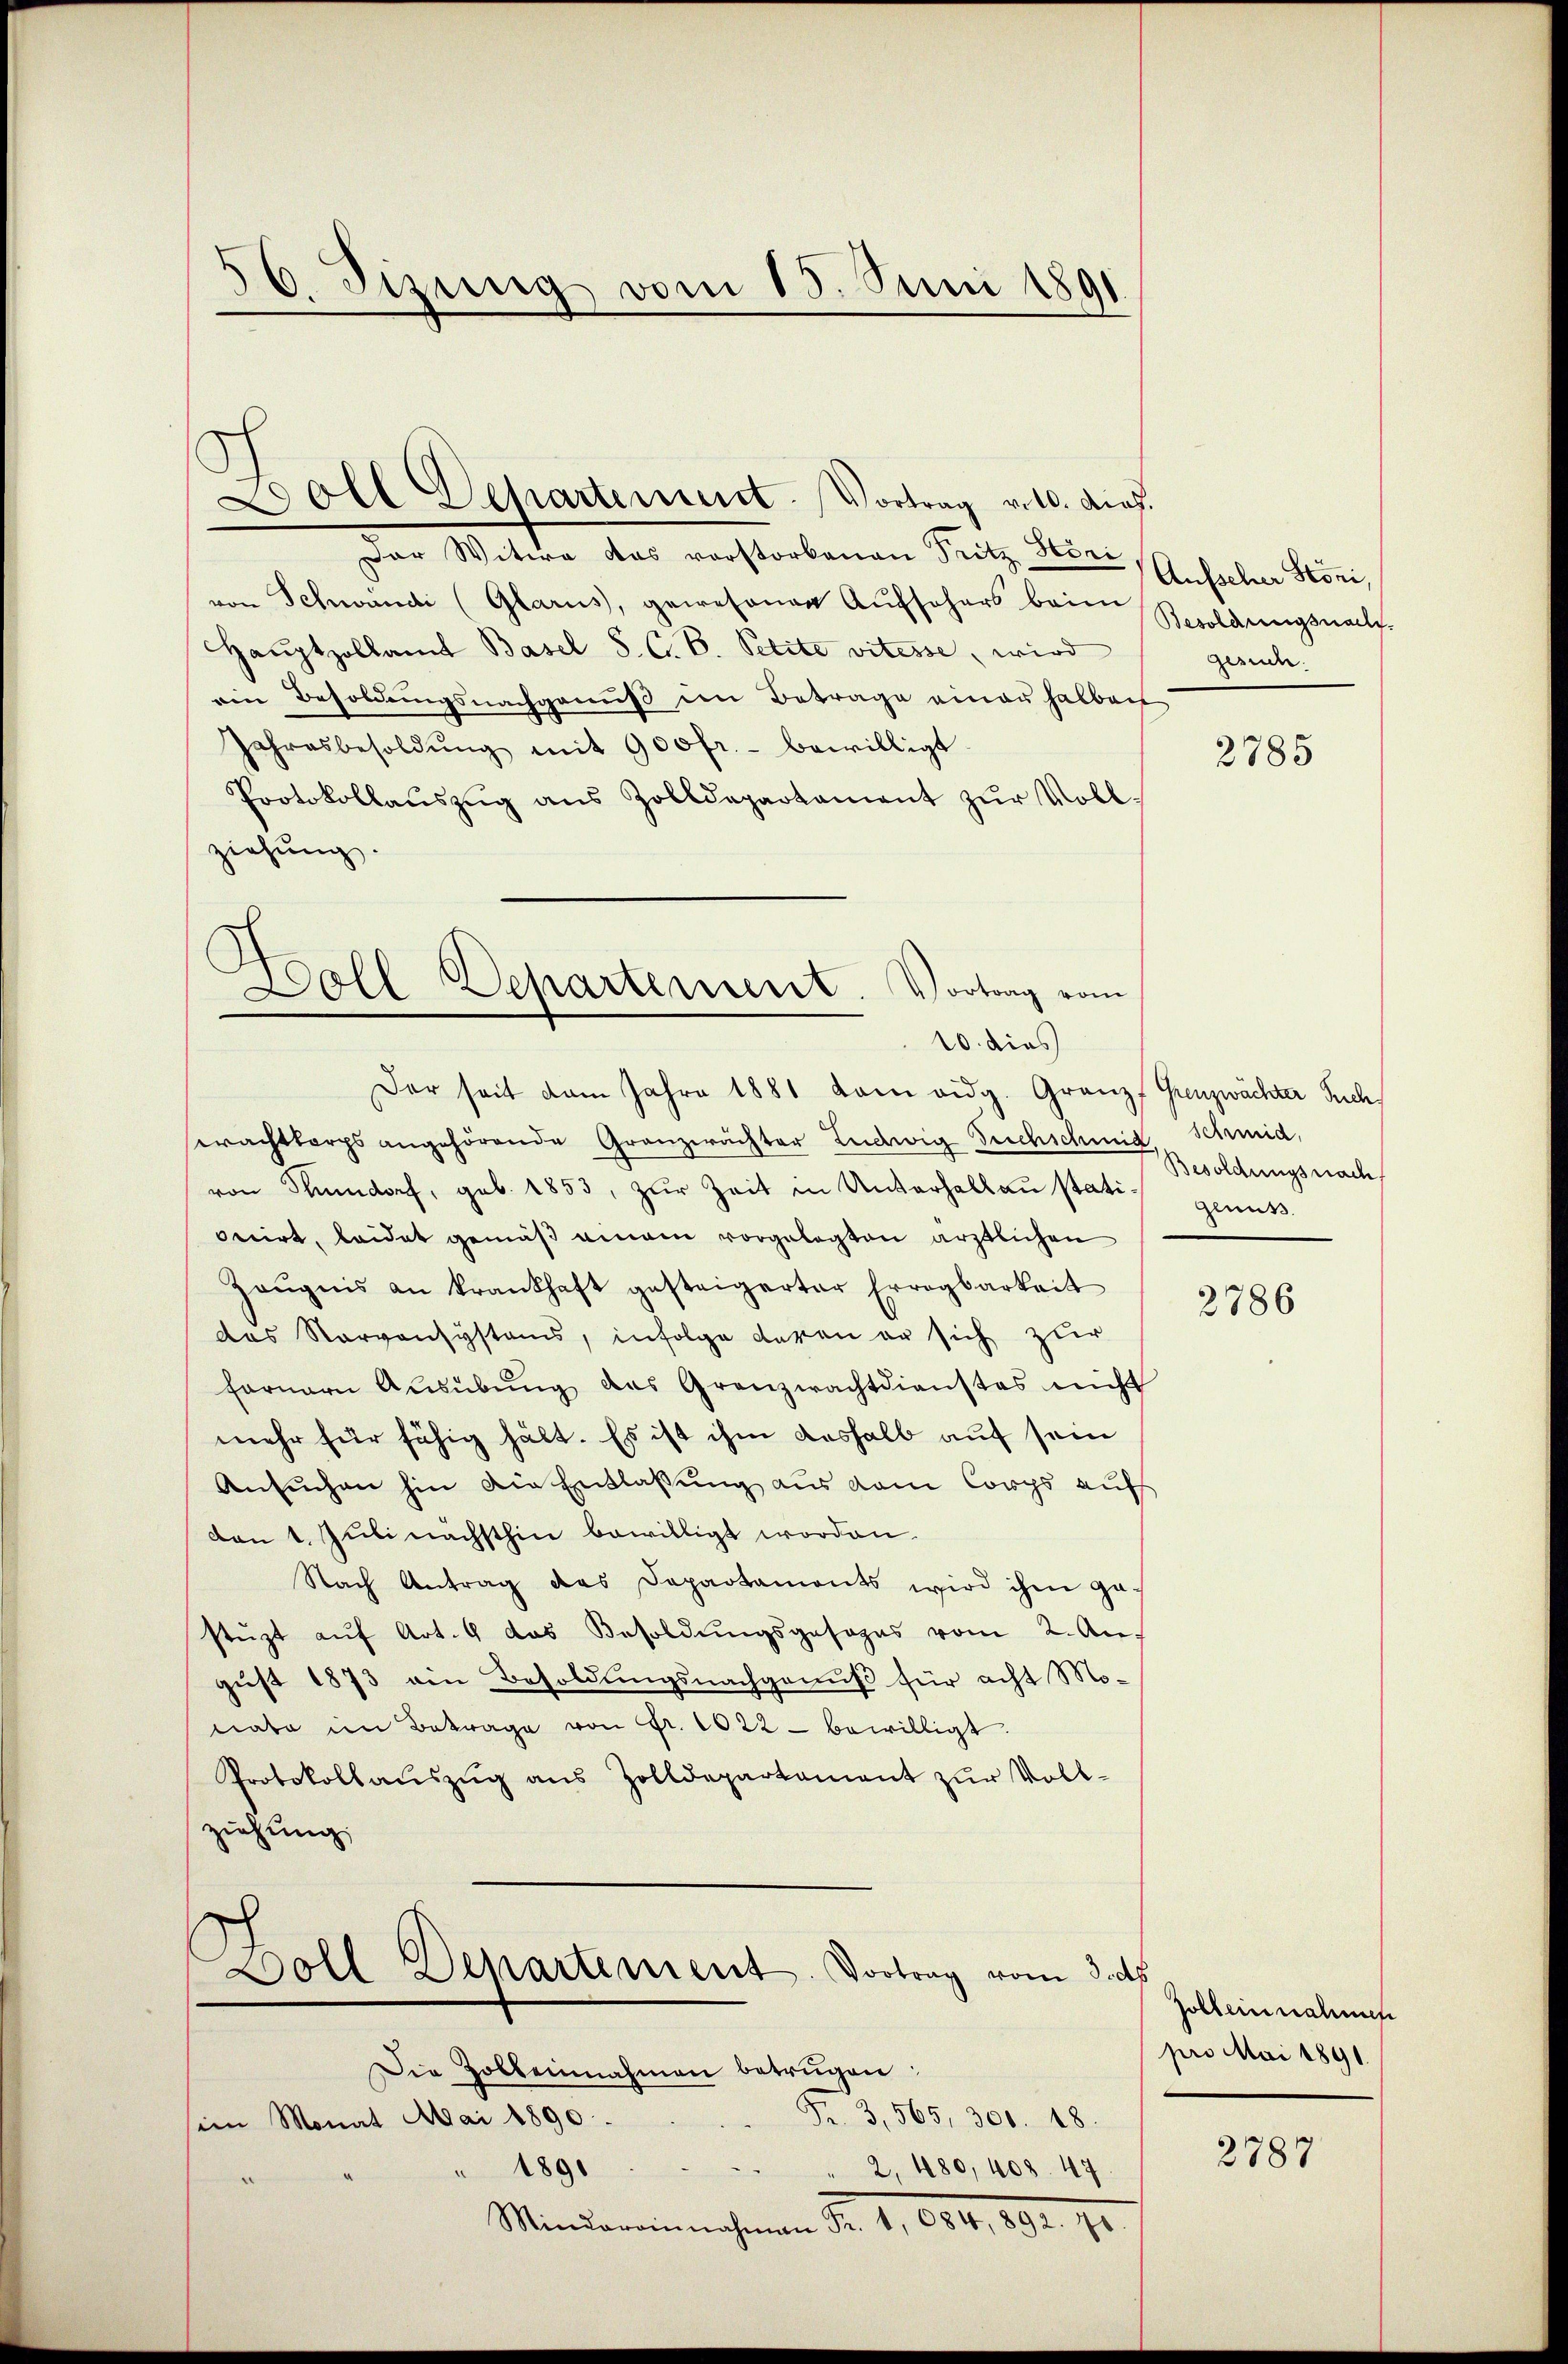
3
16. Jizung vom 15. Juni 1891

Der Witwe das vorstorbenen Pritz Höri,
von Schwandi (Glarus, gewesenen Aŭfsehers beim Sproldungsnachf
Haŭptzollamt Basel S. C. B. Petite vitesse, wird
ein Besoldungsnachgenuß im Betrage einen halbach
Jahresbesoldŭng mit 900fr. bewilligt.
Protokollaŭszŭg ans Zolldepartament zŭr Voll-
ziehung.
Doll-Departement. Vortrag vom

10. dies
Der seit dem Jahre 1881 kam eidg. Granz Grenzwächter Such

Woll Dehartement. Vortrag v. M. auf.

erachtbergs angehörende Granzerächter Ludwig Durchschmid, Schmid,
von Thundorf, geb. 1853, zŭr Zeit in Unterhalbaŭ stati genuss.
onirt, leidet gemäß einem vorgelegten ärztlichen
Zeŭgnis an krankhaft gesteigerter Erragbarkeit
das Narvansystems, infolge davon er sich zur
fernern Aŭsübŭng des Granzwachtdienstes nicht
mehr für fähig hält. Es ist ihm deshalb auf sein
Ansuchen hin die Entlassung aus dem Corps auf
den 1. Juli nächsthin bewilligt worden.
Nach Antrag das Departaments wird ihm gestüzt aŭf Art. 4 das Besoldŭngsgesages vom 2. An-
gust 1873 ein Besoldungsnachgenuß für acht Monate im Betrage von Fr. 1022 - bewilligt.
Protokollaŭszŭg ans Zolldepartament zŭr Voll-
ziehung,
Boll Departement. Vortrag vom 3. ds.
Die Zolbeinnahmen betrügen:
Fr. 3, 565, 300. 48.
sein Monat Mai 1890.
" 1890
" 2, 480, 408. 47
Mindereinnahmen d. 1, 654, 892. 12.

Aufseher Stoni,
gesuch.

2785

Besoldungsnach

2786

Zolleinnahmen
pro Mai 1891

2789